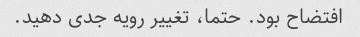
افتضاح بود. حتما، تغییر رویه جدی دهید.